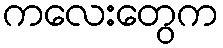
ကလေးတွေက